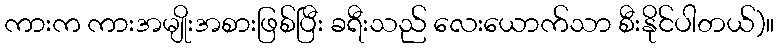
ကားက ကားအမျိုးအစားဖြစ်ပြီး ခရီးသည် လေးယောက်သာ စီးနိုင်ပါတယ်)။